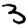
Digit: 3